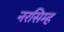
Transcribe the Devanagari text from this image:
नरसिम्ह